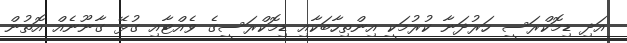
އަދި ޑިމޮކްރަސީ ހަރުދަނާ ކުރުމަކީ އިންތިހާބަކާއި ޑިމޮކްރަސީގެ ވެއްޓާއި ގުޅޭ ގާނޫނެއް އޮތުން